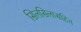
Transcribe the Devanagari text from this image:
सिलसिलासहित